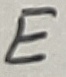
Text: E